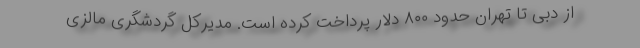
از دبی تا تهران حدود ۸۰۰ دلار پرداخت کرده است. مدیرکل گردشگری مالزی